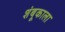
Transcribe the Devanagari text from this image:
शंबूकाला